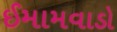
ઈમામવાડો